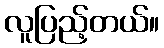
လူပြည့်တယ်။